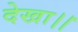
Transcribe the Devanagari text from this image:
देखा।।